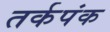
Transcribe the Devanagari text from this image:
तर्कपंक